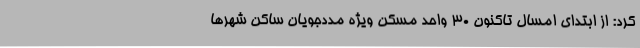
کرد: از ابتدای امسال تاکنون 30 واحد مسکن ویژه مددجویان ساکن شهرها